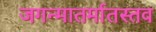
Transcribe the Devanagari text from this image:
जगन्मातर्मातस्तव